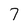
Character: 7